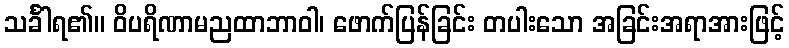
သင်္ခါရ၏။ ဝိပရိဏာမညထာဘာဝါ၊ ဖောက်ပြန်ခြင်း တပါးသော အခြင်းအရာအားဖြင့်